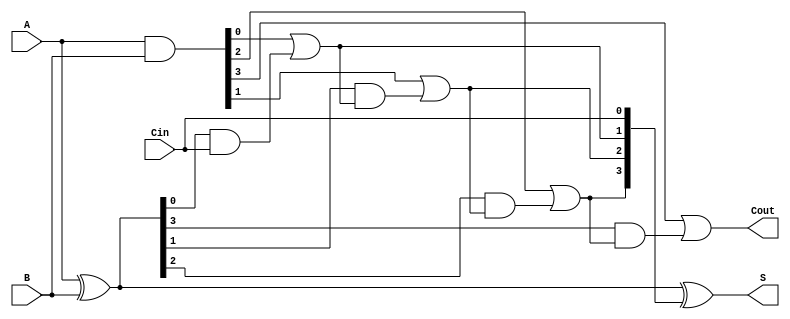
module CarryLookaheadAdder #(parameter n = 4) (
    input [n-1:0] A,    // First n-bit input
    input [n-1:0] B,    // Second n-bit input
    input Cin,          // Carry input
    output [n-1:0] S,   // n-bit sum output
    output Cout         // Carry output
);

    // Generate and Propagate signals
    wire [n-1:0] G; // Generate signals
    wire [n-1:0] P; // Propagate signals
    wire [n:0] C;   // Carry signals (C[0] is Cin)

    // Generate and Propagate logic
    assign G = A & B;          // Gi = Ai AND Bi
    assign P = A ^ B;          // Pi = Ai XOR Bi

    // Carry logic
    assign C[0] = Cin;         // C0 = Cin

    genvar i;
    generate
        for (i = 0; i < n; i = i + 1) begin : carry_logic
            if (i == 0) begin
                assign C[i + 1] = G[i] | (P[i] & C[i]); // C1 = G0 OR (P0 AND C0)
            end else begin
                assign C[i + 1] = G[i] | (P[i] & C[i]); // Ci+1 = Gi OR (Pi AND Ci)
            end
        end
    endgenerate

    // Sum calculation
    assign S = A ^ B ^ C[n-1:0]; // Si = Ai XOR Bi XOR Ci

    // Final carry output
    assign Cout = C[n]; // Cout = Cn

endmodule